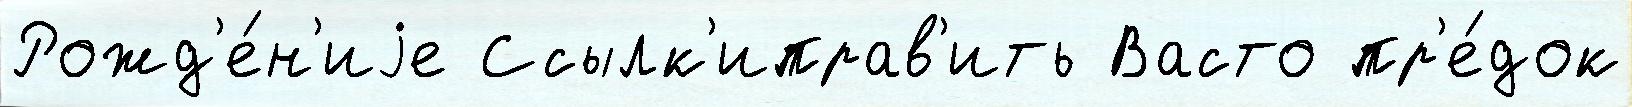
Рожд'е́н'иjе Ссылк'иправ'ить Васто пр'е́док